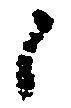
候